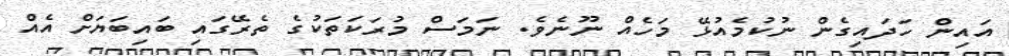
އައިން ހަދައިގެން ނުކުމެއުޅޭ މަހެއް ނޫނެވެ. ނަމަސް މުރަކަތަކުގެ ތެރޭގައި ބައިބަޔަށް އެއް